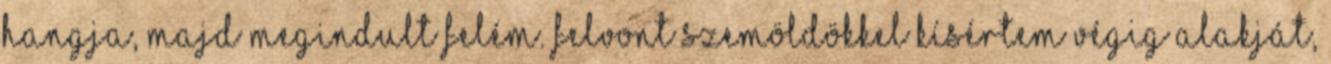
hangja, majd megindult felém. Felvont szemöldökkel kísértem végig alakját,